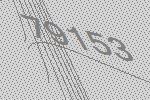
79153